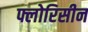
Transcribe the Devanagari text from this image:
फ्लोरिसीन